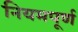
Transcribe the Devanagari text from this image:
नियमपूर्ण